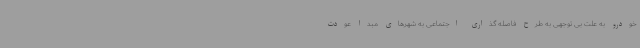
خودرو به علت بی توجهی به طرح فاصله گذاری اجتماعی به شهرهای مبدا عودت